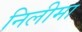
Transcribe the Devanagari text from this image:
निलीमा